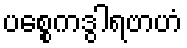
ပစ္စေကဒွါရဗာဟံ